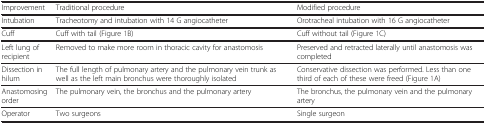
<table><thead><tr><td><b>Improvement</b></td><td><b>Traditional procedure</b></td><td><b>Modified procedure</b></td></tr></thead><tbody><tr><td>Intubation</td><td>Tracheotomy and intubation with 14 G angiocatheter</td><td>Orotracheal intubation with 16 G angiocatheter</td></tr><tr><td>Cuff</td><td>Cuff with tail (Figure 1B)</td><td>Cuff without tail (Figure 1C)</td></tr><tr><td>Left lung of recipient</td><td>Removed to make more room in thoracic cavity for anastomosis</td><td>Preserved and retracted laterally until anastomosis was completed</td></tr><tr><td>Dissection in hilum</td><td>The full length of pulmonary artery and the pulmonary vein trunk as well as the left main bronchus were thoroughly isolated</td><td>Conservative dissection was performed. Less than one third of each of these were freed (Figure 1A)</td></tr><tr><td>Anastomosing order</td><td>The pulmonary vein, the bronchus and the pulmonary artery</td><td>The bronchus, the pulmonary vein and the pulmonary artery</td></tr><tr><td>Operator</td><td>Two surgeons</td><td>Single surgeon</td></tr></tbody></table>